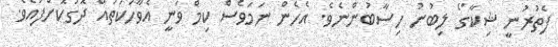
ފެތުރުނީ ޝިކާގޯ ލިބުނު ހިސާބުންނެވެ. އެހެން ނަމަވެސް ކިމް ވަނީ އެވާހަކަތައް ދޮގުކޮށްފައެވެ.